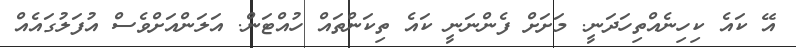
އޭ ކައެ ކިހިނެއްތިހަދަނީ. މަށަށް ފެންނަނީ ކައެ ތިކަންތައް ހުއްޓަން. އަލަންއަށްވެސް އުފަލުގައެއް